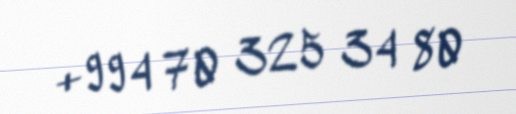
+994 70 325 34 80